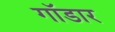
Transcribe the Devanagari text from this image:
गॉडार